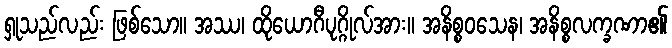
ရှုသည်လည်း ဖြစ်သော။ အဿ၊ ထိုယောဂီပုဂ္ဂိုလ်အား။ အနိစ္စဝသေန၊ အနိစ္စလက္ခဏာ၏